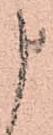
申